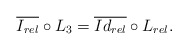
\begin{align*}\overline{I_{rel}}\circ L_3= \overline{Id_{rel}}\circ L_{rel}.\end{align*}